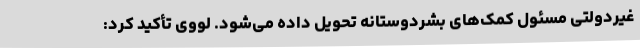
غیردولتی مسئول کمک‌های بشردوستانه تحویل داده می‌شود. لووی تأکید کرد: